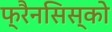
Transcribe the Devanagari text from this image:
फ्रैनसिस्को